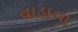
વાડાના